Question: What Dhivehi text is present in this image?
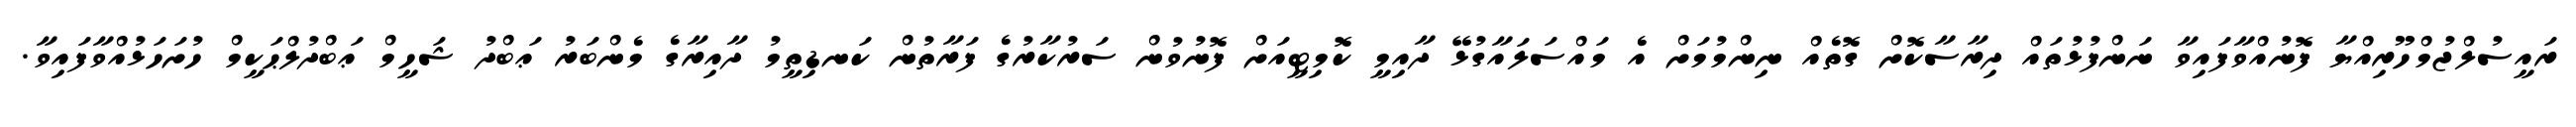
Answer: ރައީސުލްޖުމްހޫރިއްޔާ ފޮނުއްވާފައިވާ ނަންފުޅުތައް ދިރާސާކޮށް ގޮތެއް ނިންމުމަށް އެ މައްސަލައާގުޅޭ ދާއިމީ ކޮމިޓީއަށް ފޮނުވުން ސަރުކާރުގެ ފަރާތުން ކަނޑިތީމު ދާއިރާގެ މެންބަރު ޢަބްދު ޝަހީމް ޢަބްދުލްޙަކީމް ހުށަހަޅުއްވާފައިވާ.